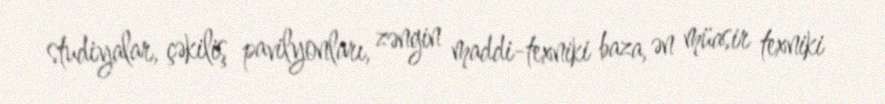
studiyalar, çəkiliş pavilyonları, zəngin maddi-texniki baza, ən müasir texniki